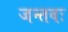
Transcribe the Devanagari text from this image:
जन्तवः